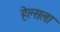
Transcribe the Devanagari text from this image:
हेल्सला